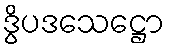
ဒွိပဒသေဋ္ဌော